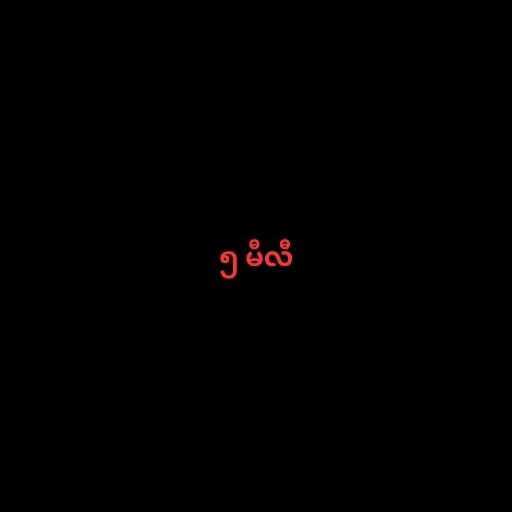
၅ မီလီ